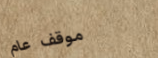
موقف عام